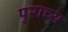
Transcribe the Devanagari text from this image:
पुराच्य